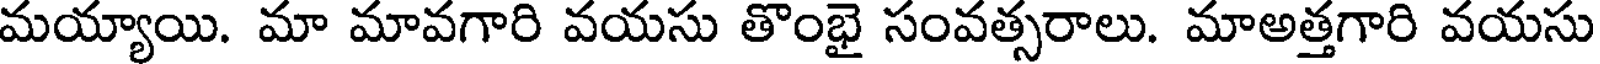
మయ్యాయి. మా మావగారి వయసు తొంభై సంవత్సరాలు. మాఅత్తగారి వయసు